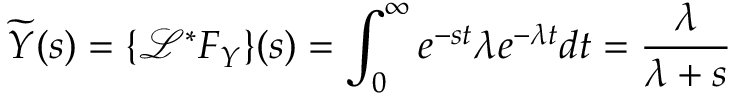
{ \widetilde { Y } } ( s ) = \{ { \mathcal { L } } ^ { * } F _ { Y } \} ( s ) = \int _ { 0 } ^ { \infty } e ^ { - s t } \lambda e ^ { - \lambda t } d t = { \frac { \lambda } { \lambda + s } }